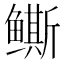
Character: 𱈒